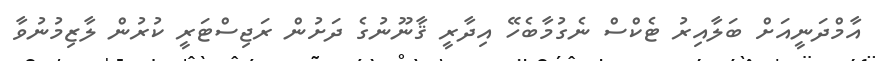
އާމްދަނީއަށް ބަލާއިރު ޓެކްސް ނެގުމާބެހޭ އިދާރީ ޤާނޫނުގެ ދަށުން ރަޖިސްޓަރީ ކުރުން ލާޒިމުނުވާ